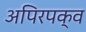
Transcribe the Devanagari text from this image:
अपिरपक्व